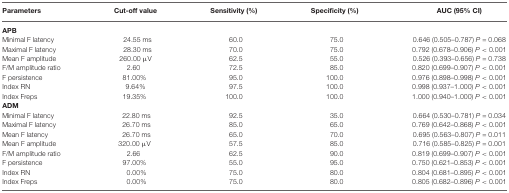
| Parameters | Cut-off value | Sensitivity (%) | Specificity (%) | AUC (95% CI) |
 | --- | --- | --- | --- | --- |
 | APB |
 | Minimal F latency | 24.55 ms | 60.0 | 75.0 | 0.646 (0.505–0.787) P = 0.068 |
 | Maximal F latency | 28.30 ms | 70.0 | 75.0 | 0.792 (0.678–0.906) P < 0.001 |
 | Mean F amplitude | 260.00 μV | 62.5 | 55.0 | 0.526 (0.393–0.656) P = 0.738 |
 | F/M amplitude ratio | 2.60 | 72.5 | 85.0 | 0.820 (0.699–0.907) P < 0.001 |
 | F persistence | 81.00% | 95.0 | 100.0 | 0.976 (0.898–0.998) P < 0.001 |
 | Index RN | 9.64% | 97.5 | 100.0 | 0.998 (0.937–1.000) P < 0.001 |
 | Index Freps | 19.35% | 100.0 | 100.0 | 1.000 (0.940–1.000) P < 0.001 |
 | ADM |
 | Minimal F latency | 22.80 ms | 92.5 | 35.0 | 0.664 (0.530–0.781) P = 0.034 |
 | Maximal F latency | 26.70 ms | 85.0 | 65.0 | 0.769 (0.642–0.868) P < 0.001 |
 | Mean F latency | 26.70 ms | 65.0 | 70.0 | 0.695 (0.563–0.807) P = 0.011 |
 | Mean F amplitude | 320.00 μV | 57.5 | 85.0 | 0.716 (0.585–0.825) P = 0.001 |
 | F/M amplitude ratio | 2.66 | 62.5 | 90.0 | 0.819 (0.699–0.907) P < 0.001 |
 | F persistence | 97.00% | 55.0 | 95.0 | 0.750 (0.621–0.853) P < 0.001 |
 | Index RN | 0.00% | 75.0 | 80.0 | 0.804 (0.681–0.895) P < 0.001 |
 | Index Freps | 0.00% | 75.0 | 80.0 | 0.805 (0.682–0.896) P < 0.001 |